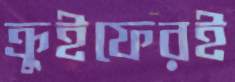
ক্রুইফেরই